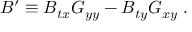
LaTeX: B ^ { \prime } \equiv B _ { t x } G _ { y y } - B _ { t y } G _ { x y } \; .